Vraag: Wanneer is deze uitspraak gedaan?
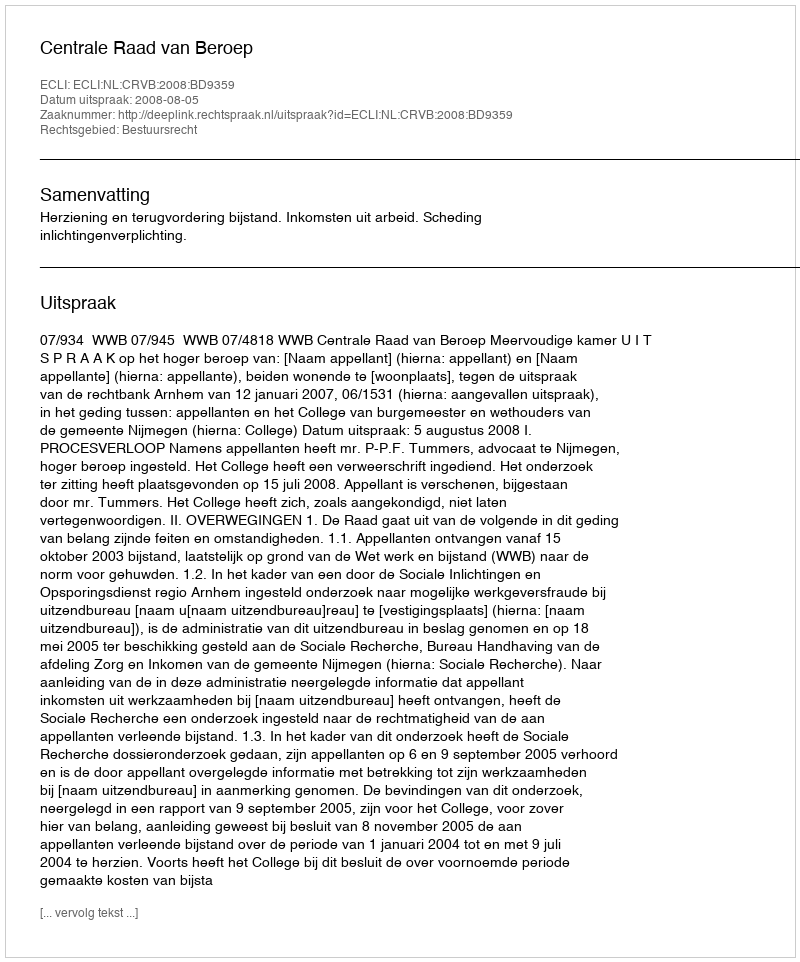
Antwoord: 2008-08-05